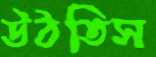
উঠতিস